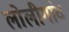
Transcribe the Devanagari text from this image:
लोलीगांव